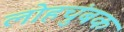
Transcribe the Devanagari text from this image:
लोहचुंबक